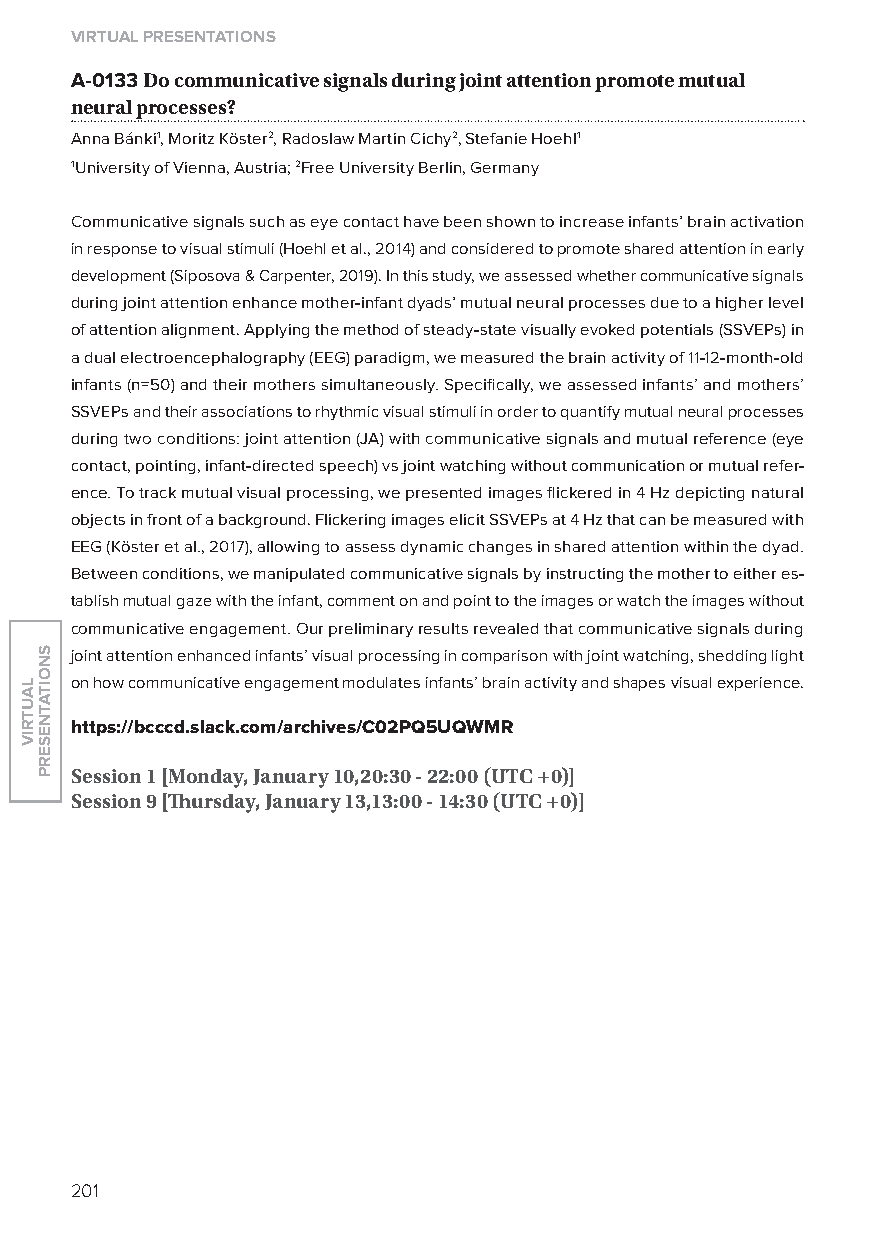
virtual presentations
 A-0133 Do communicative signals during joint attention promote mutual
 neural processes?
 Anna Bánki1, Moritz Köster2, Radoslaw Martin Cichy2, Stefanie Hoehl1
 1University of Vienna, Austria; 2Free University Berlin, Germany
 Communicative signals such as eye contact have been shown to increase infants’ brain activation
 in response to visual stimuli (Hoehl et al., 2014) and considered to promote shared attention in early
 development (Siposova & Carpenter, 2019). In this study, we assessed whether communicative signals
 during joint attention enhance mother-infant dyads’ mutual neural processes due to a higher level
 of attention alignment. Applying the method of steady-state visually evoked potentials (SSVEPs) in
 a dual electroencephalography (EEG) paradigm, we measured the brain activity of 11-12-month-old
 infants (n=50) and their mothers simultaneously. Specifically, we assessed infants’ and mothers’
 SSVEPs and their associations to rhythmic visual stimuli in order to quantify mutual neural processes
 during two conditions: joint attention (JA) with communicative signals and mutual reference (eye
 contact, pointing, infant-directed speech) vs joint watching without communication or mutual refer-
 ence. To track mutual visual processing, we presented images flickered in 4 Hz depicting natural
 objects in front of a background. Flickering images elicit SSVEPs at 4 Hz that can be measured with
 EEG (Köster et al., 2017), allowing to assess dynamic changes in shared attention within the dyad.
 Between conditions, we manipulated communicative signals by instructing the mother to either es-
 tablish mutual gaze with the infant, comment on and point to the images or watch the images without
 communicative engagement. our preliminary results revealed that communicative signals during
 joint attention enhanced infants’ visual processing in comparison with joint watching, shedding light
 on how communicative engagement modulates infants’ brain activity and shapes visual experience.
 https://bcccd.slack.com/archives/C02pQ5uQWMr
 session 1 [monday, January 10,20:30 - 22:00 (utC +0)]
 session 9 [Thursday, January 13,13:00 - 14:30 (utC +0)]
 201
 lautriv
 snoitatneserp